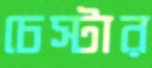
চেস্টার